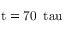
\mathrm { t = 7 0 \, \ t a u }